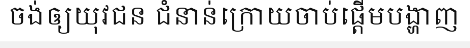
ចង់ឲ្យយុវជន ជំនាន់ក្រោយចាប់ផ្តើមបង្ហាញ